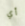
أي